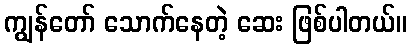
ကျွန်တော် သောက်နေတဲ့ ဆေး ဖြစ်ပါတယ်။